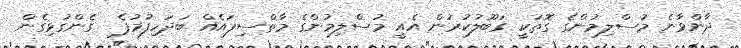
ދާންވާނެ މުސްލިމުންގެ ގޮތަކީ ގަބޫލުކުރުން އެއީ މުސްލިމުންގެ މާތްސިފައެއް ބަދަހިފުމުފެ  ގެންގުޅިގެން